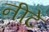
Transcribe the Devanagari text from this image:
नीटे